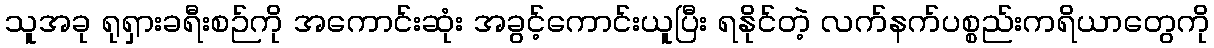
သူအခု ရုရှားခရီးစဉ်ကို အကောင်းဆုံး အခွင့်ကောင်းယူပြီး ရနိုင်တဲ့ လက်နက်ပစ္စည်းကရိယာတွေကို